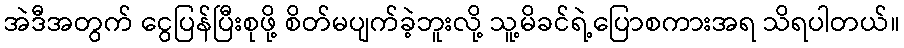
အဲဒီအတွက် ငွေပြန်ပြီးစုဖို့ စိတ်မပျက်ခဲ့ဘူးလို့ သူ့မိခင်ရဲ့ပြောစကားအရ သိရပါတယ်။